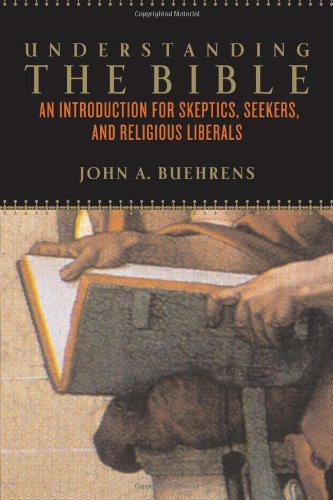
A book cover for Understanding the Bible: An Introduction for Skeptics, Seekers, and Religious Liberals; John Buehrens; Religion & Spirituality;